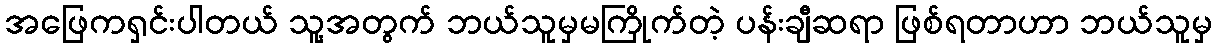
အဖြေကရှင်းပါတယ် သူ့အတွက် ဘယ်သူမှမကြိုက်တဲ့ ပန်းချီဆရာ ဖြစ်ရတာဟာ ဘယ်သူမှ